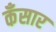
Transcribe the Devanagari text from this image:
कँसार